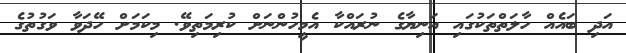
އަދި ބައެއް ހާލަތްތަކުގައި އަނިޔާގެ ނުރައްކާ އެމީހުންނަށް ކުރިމަތިވޭ. މިކަމަށް ހޭދަވާ ވަގުތުގެ